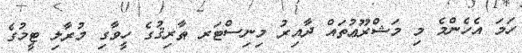
ހަމަ އެހެންމެ މި މަޝްރޫޢުތައް ދާއިރު މިނިސްޓަރ ޠާރިޤުގެ ހީވާގި މުރާލި ޓީމުގެ